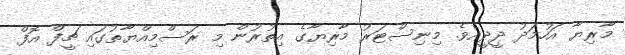
މާރިޔާ އަހުމަދު ދީދީއެވެ. މިނިސްޓަރު މާރިޔާގެ އިތުރުން މި ރަސްމިއްޔާތުގައި ޗީފް އޮފް